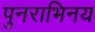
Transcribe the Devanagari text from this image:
पुनराभिनय